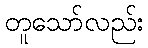
တူသော်လည်း